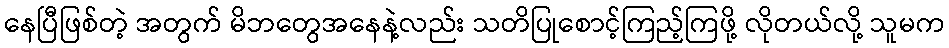
နေပြီဖြစ်တဲ့ အတွက် မိဘတွေအနေနဲ့လည်း သတိပြုစောင့်ကြည့်ကြဖို့ လိုတယ်လို့ သူမက